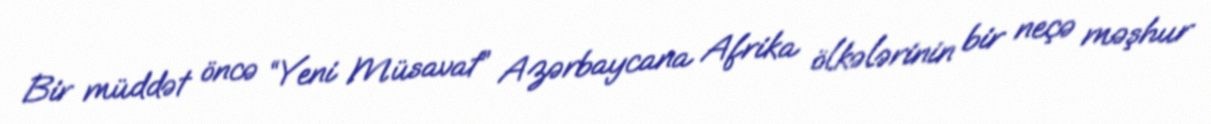
Bir müddət öncə “Yeni Müsavat” Azərbaycana Afrika ölkələrinin bir neçə məşhur